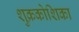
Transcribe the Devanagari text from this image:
शुक्रकोशिका